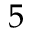
5